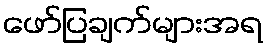
ဖော်ပြချက်များအရ